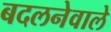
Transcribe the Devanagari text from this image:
बदलनेवाले